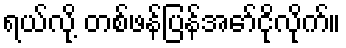
ရယ်လို့ တစ်ဖန်ပြန်အော်ငိုလိုက်။